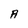
Character: A